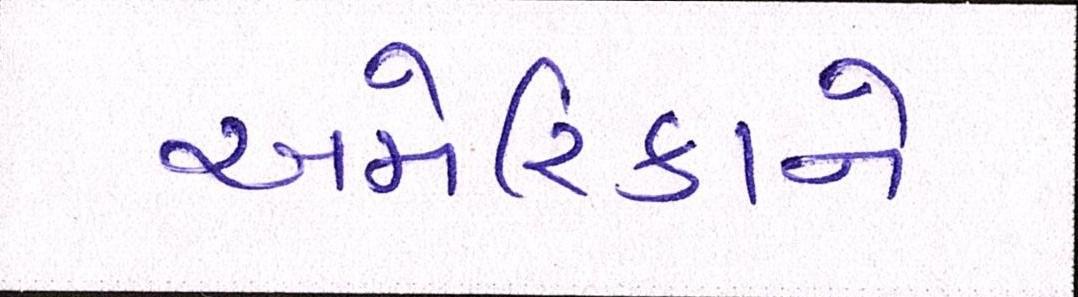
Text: અમેરિકાને